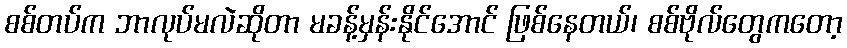
စစ်တပ်က ဘာလုပ်မလဲဆိုတာ မခန့်မှန်းနိုင်အောင် ဖြစ်နေတယ်၊ စစ်ဗိုလ်တွေကတော့